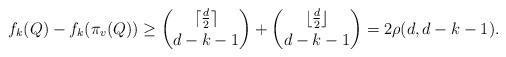
LaTeX: \begin{align*}f_k(Q) - f_k(\pi_v(Q)) \geq {\lceil \frac{d}{2} \rceil \choose d-k-1} + {\lfloor \frac{d}{2} \rfloor \choose d-k-1} = 2\rho(d, d-k-1).\end{align*}